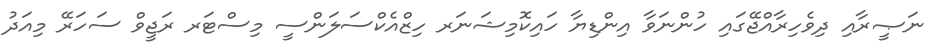
ނަޞީރާއި ދިވެހިރާއްޖޭގައި ހުންނަވާ އިންޑިޔާ ހައިކޮމިޝަނަރ ހިޒްއެކްސަލަންސީ މިސްޓަރ ރަޖީވް ސަހަރޭ މިއަދު